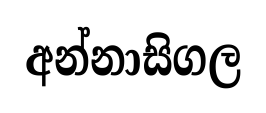
අන්නාසිගල